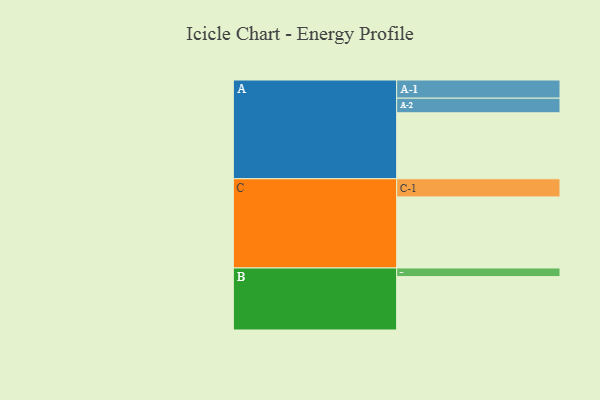
{"axis": {"x": "Segment", "y": "Value"}, "legend": ["", "A", "B", "C"], "data": [{"x": "A", "y": 519, "type": ""}, {"x": "B", "y": 420, "type": ""}, {"x": "C", "y": 559, "type": ""}, {"x": "A-1", "y": 143, "type": "A"}, {"x": "A-2", "y": 115, "type": "A"}, {"x": "B-1", "y": 68, "type": "B"}, {"x": "C-1", "y": 143, "type": "C"}]}